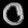
Digit: ၀